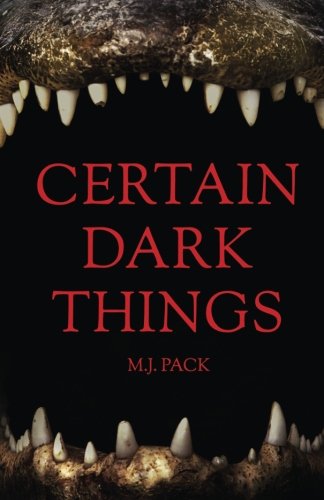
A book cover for Certain Dark Things: Stories; M.J. Pack; Literature & Fiction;